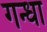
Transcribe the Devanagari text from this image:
गन्धा